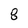
Character: 8